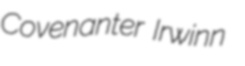
Covenanter Irwinn